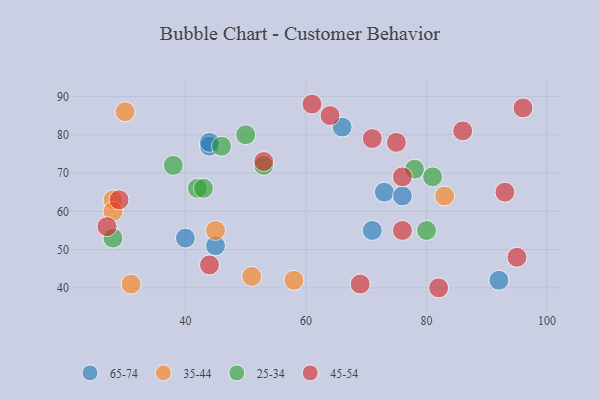
{"axis": {"x": "GDP", "y": "Life Expectancy"}, "legend": ["25-34", "35-44", "45-54", "65-74"], "data": [{"x": "92", "y": 42, "type": "65-74"}, {"x": "45", "y": 51, "type": "65-74"}, {"x": "44", "y": 77, "type": "65-74"}, {"x": "73", "y": 65, "type": "65-74"}, {"x": "76", "y": 64, "type": "65-74"}, {"x": "71", "y": 55, "type": "65-74"}, {"x": "40", "y": 53, "type": "65-74"}, {"x": "44", "y": 78, "type": "65-74"}, {"x": "66", "y": 82, "type": "65-74"}, {"x": "31", "y": 41, "type": "35-44"}, {"x": "30", "y": 86, "type": "35-44"}, {"x": "51", "y": 43, "type": "35-44"}, {"x": "45", "y": 55, "type": "35-44"}, {"x": "58", "y": 42, "type": "35-44"}, {"x": "28", "y": 63, "type": "35-44"}, {"x": "28", "y": 60, "type": "35-44"}, {"x": "83", "y": 64, "type": "35-44"}, {"x": "50", "y": 80, "type": "25-34"}, {"x": "42", "y": 66, "type": "25-34"}, {"x": "38", "y": 72, "type": "25-34"}, {"x": "43", "y": 66, "type": "25-34"}, {"x": "78", "y": 71, "type": "25-34"}, {"x": "46", "y": 77, "type": "25-34"}, {"x": "53", "y": 72, "type": "25-34"}, {"x": "28", "y": 53, "type": "25-34"}, {"x": "81", "y": 69, "type": "25-34"}, {"x": "80", "y": 55, "type": "25-34"}, {"x": "44", "y": 46, "type": "45-54"}, {"x": "75", "y": 78, "type": "45-54"}, {"x": "76", "y": 55, "type": "45-54"}, {"x": "93", "y": 65, "type": "45-54"}, {"x": "29", "y": 63, "type": "45-54"}, {"x": "61", "y": 88, "type": "45-54"}, {"x": "95", "y": 48, "type": "45-54"}, {"x": "53", "y": 73, "type": "45-54"}, {"x": "82", "y": 40, "type": "45-54"}, {"x": "96", "y": 87, "type": "45-54"}, {"x": "86", "y": 81, "type": "45-54"}, {"x": "71", "y": 79, "type": "45-54"}, {"x": "76", "y": 69, "type": "45-54"}, {"x": "27", "y": 56, "type": "45-54"}, {"x": "69", "y": 41, "type": "45-54"}, {"x": "64", "y": 85, "type": "45-54"}]}